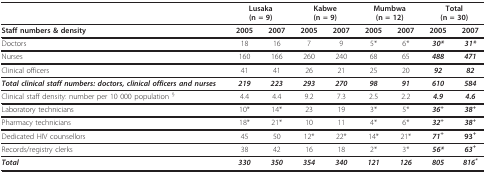
|  | <COLSPAN=2> Lusaka(n = 9) | <COLSPAN=2> Kabwe(n = 9) | <COLSPAN=2> Mumbwa(n = 12) | <COLSPAN=2> Total(n = 30) |
 | --- | --- | --- | --- | --- | --- | --- | --- | --- |
 | Staff numbers & density | 2005 | 2007 | 2005 | 2007 | 2005 | 2007 | 2005 | 2007 |
 | Doctors | 18 | 16 | 7 | 9 | 5* | 6* | 30* | 31* |
 | Nurses | 160 | 166 | 260 | 240 | 68 | 65 | 488 | 471 |
 | Clinical officers | 41 | 41 | 26 | 21 | 25 | 20 | 92 | 82 |
 | Total clinical staff numbers: doctors, clinical officers and nurses | 219 | 223 | 293 | 270 | 98 | 91 | 610 | 584 |
 | Clinical staff density: number per 10 000 population § | 4.4 | 4.4 | 9.2 | 7.3 | 2.5 | 2.2 | 4.9 | 4.6 |
 | Laboratory technicians | 10* | 14* | 23 | 19 | 3* | 5* | 36+ | 38+ |
 | Pharmacy technicians | 18* | 21* | 10 | 11 | 4* | 6* | 32+ | 38+ |
 | Dedicated HIV counsellors | 45 | 50 | 12* | 22* | 14* | 21* | 71+ | 93+ |
 | Records/registry clerks | 38 | 42 | 16 | 18 | 2* | 3* | 56* | 63+ |
 | Total | 330 | 350 | 354 | 340 | 121 | 126 | 805 | 816* |